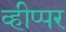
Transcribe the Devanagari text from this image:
व्हीप्पर